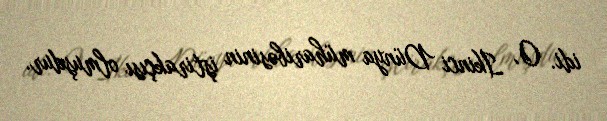
idi. O, İkinci Dünya müharibəsinin iştirakçısı olmuşdur.